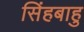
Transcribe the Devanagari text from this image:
सिंहबाहु